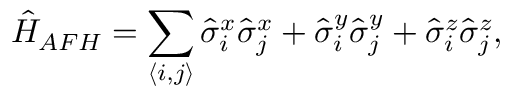
\hat { H } _ { A F H } = \sum _ { \langle i , j \rangle } \hat { \sigma } _ { i } ^ { x } \hat { \sigma } _ { j } ^ { x } + \hat { \sigma } _ { i } ^ { y } \hat { \sigma } _ { j } ^ { y } + \hat { \sigma } _ { i } ^ { z } \hat { \sigma } _ { j } ^ { z } ,